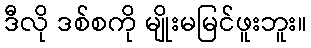
ဒီလို ဒစ်စကို မျိုးမမြင်ဖူးဘူး။